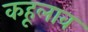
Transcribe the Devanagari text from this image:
कहूलाव